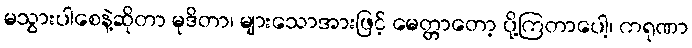
မသွားပါစေနဲ့ဆိုတာ မုဒိတာ၊ များသောအားဖြင့် မေတ္တာတော့ ပို့ကြတာပေါ့၊ ကရုဏာ